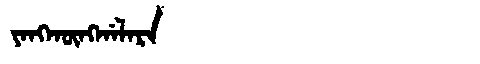
Manchu: ᠶᠠᠩᡴᡡᠩᡤᠠᠯᠠᡵᠠ
Romanization: YANGKŪNGGALARA